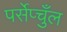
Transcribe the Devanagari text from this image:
पर्सेप्चुँल